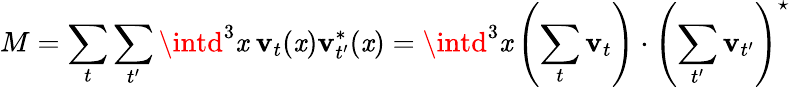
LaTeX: M=\sum_{t}\sum_{t^{\prime}}\intd^{3}\mathit{x}\ \textbf{{v}}_{t}(\mathit{x})\textbf{{v}}_{t^{\prime}}^{*}(\mathit{x})=\intd^{3}\mathit{x}\left(\sum_{t}\textbf{{v}}_{t}\right)\cdot\left(\sum_{t^{\prime}}\textbf{{v}}_{t^{\prime}}\right)^{\star}